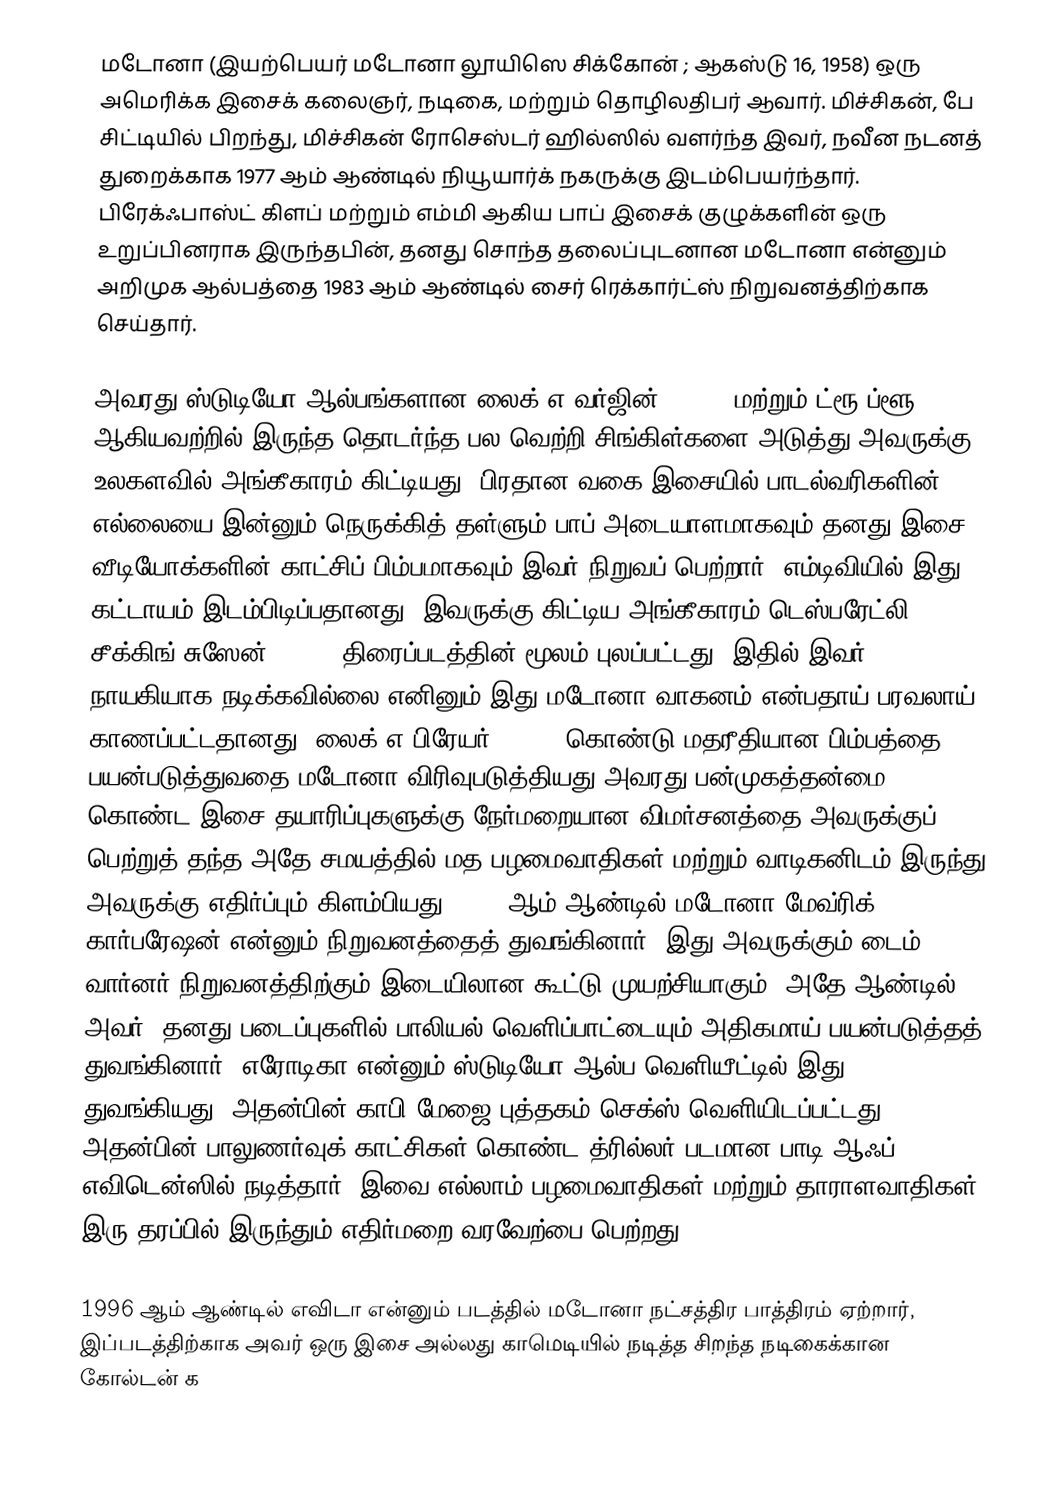
மடோனா (இயற்பெயர் மடோனா லூயிஸெ சிக்கோன் ; ஆகஸ்டு 16, 1958) ஒரு அமெரிக்க இசைக் கலைஞர், நடிகை, மற்றும் தொழிலதிபர் ஆவார். மிச்சிகன், பே சிட்டியில் பிறந்து, மிச்சிகன் ரோசெஸ்டர் ஹில்ஸில் வளர்ந்த இவர், நவீன நடனத் துறைக்காக 1977 ஆம் ஆண்டில் நியூயார்க் நகருக்கு இடம்பெயர்ந்தார். பிரேக்ஃபாஸ்ட் கிளப் மற்றும் எம்மி ஆகிய பாப் இசைக் குழுக்களின் ஒரு உறுப்பினராக இருந்தபின், தனது சொந்த தலைப்புடனான மடோனா என்னும் அறிமுக ஆல்பத்தை 1983 ஆம் ஆண்டில் சைர் ரெக்கார்ட்ஸ் நிறுவனத்திற்காக செய்தார்.

அவரது ஸ்டுடியோ ஆல்பங்களான லைக் எ வர்ஜின் (1984) மற்றும் ட்ரூ ப்ளூ (1986) ஆகியவற்றில் இருந்த தொடர்ந்த பல வெற்றி சிங்கிள்களை அடுத்து அவருக்கு உலகளவில் அங்கீகாரம் கிட்டியது, பிரதான வகை இசையில் பாடல்வரிகளின் எல்லையை இன்னும் நெருக்கித் தள்ளும் பாப் அடையாளமாகவும் தனது இசை வீடியோக்களின் காட்சிப் பிம்பமாகவும் இவர் நிறுவப் பெற்றார், எம்டிவியில் இது கட்டாயம் இடம்பிடிப்பதானது. இவருக்கு கிட்டிய அங்கீகாரம் டெஸ்பரேட்லி சீக்கிங் சுஸேன் (1985) திரைப்படத்தின் மூலம் புலப்பட்டது, இதில் இவர் நாயகியாக நடிக்கவில்லை எனினும் இது மடோனா வாகனம் என்பதாய் பரவலாய் காணப்பட்டதானது. லைக் எ பிரேயர் (1989) கொண்டு மதரீதியான பிம்பத்தை பயன்படுத்துவதை மடோனா விரிவுபடுத்தியது அவரது பன்முகத்தன்மை கொண்ட இசை தயாரிப்புகளுக்கு நேர்மறையான விமர்சனத்தை அவருக்குப் பெற்றுத் தந்த அதே சமயத்தில் மத பழமைவாதிகள் மற்றும் வாடிகனிடம் இருந்து அவருக்கு எதிர்ப்பும் கிளம்பியது. 1992 ஆம் ஆண்டில் மடோனா மேவ்ரிக் கார்பரேஷன் என்னும் நிறுவனத்தைத் துவங்கினார், இது அவருக்கும் டைம் வார்னர் நிறுவனத்திற்கும் இடையிலான கூட்டு முயற்சியாகும். அதே ஆண்டில் அவர், தனது படைப்புகளில் பாலியல் வெளிப்பாட்டையும் அதிகமாய் பயன்படுத்தத் துவங்கினார், எரோடிகா என்னும் ஸ்டுடியோ ஆல்ப வெளியீட்டில் இது துவங்கியது, அதன்பின் காபி மேஜை புத்தகம் செக்ஸ் வெளியிடப்பட்டது, அதன்பின் பாலுணர்வுக் காட்சிகள் கொண்ட த்ரில்லர் படமான பாடி ஆஃப் எவிடென்ஸில் நடித்தார், இவை எல்லாம் பழமைவாதிகள் மற்றும் தாராளவாதிகள் இரு தரப்பில் இருந்தும் எதிர்மறை வரவேற்பை பெற்றது.

1996 ஆம் ஆண்டில் எவிடா என்னும் படத்தில் மடோனா நட்சத்திர பாத்திரம் ஏற்றார், இப்படத்திற்காக அவர் ஒரு இசை அல்லது காமெடியில் நடித்த சிறந்த நடிகைக்கான கோல்டன் க